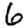
Digit: 6